Bréfritari: Bjarni Brynjólfsson
Viðtakandi: Jón Borgfirðings Jónsson
Dagsetning: A-1855-02-14
Skrifað á: Kjaransstöðum  Borg.

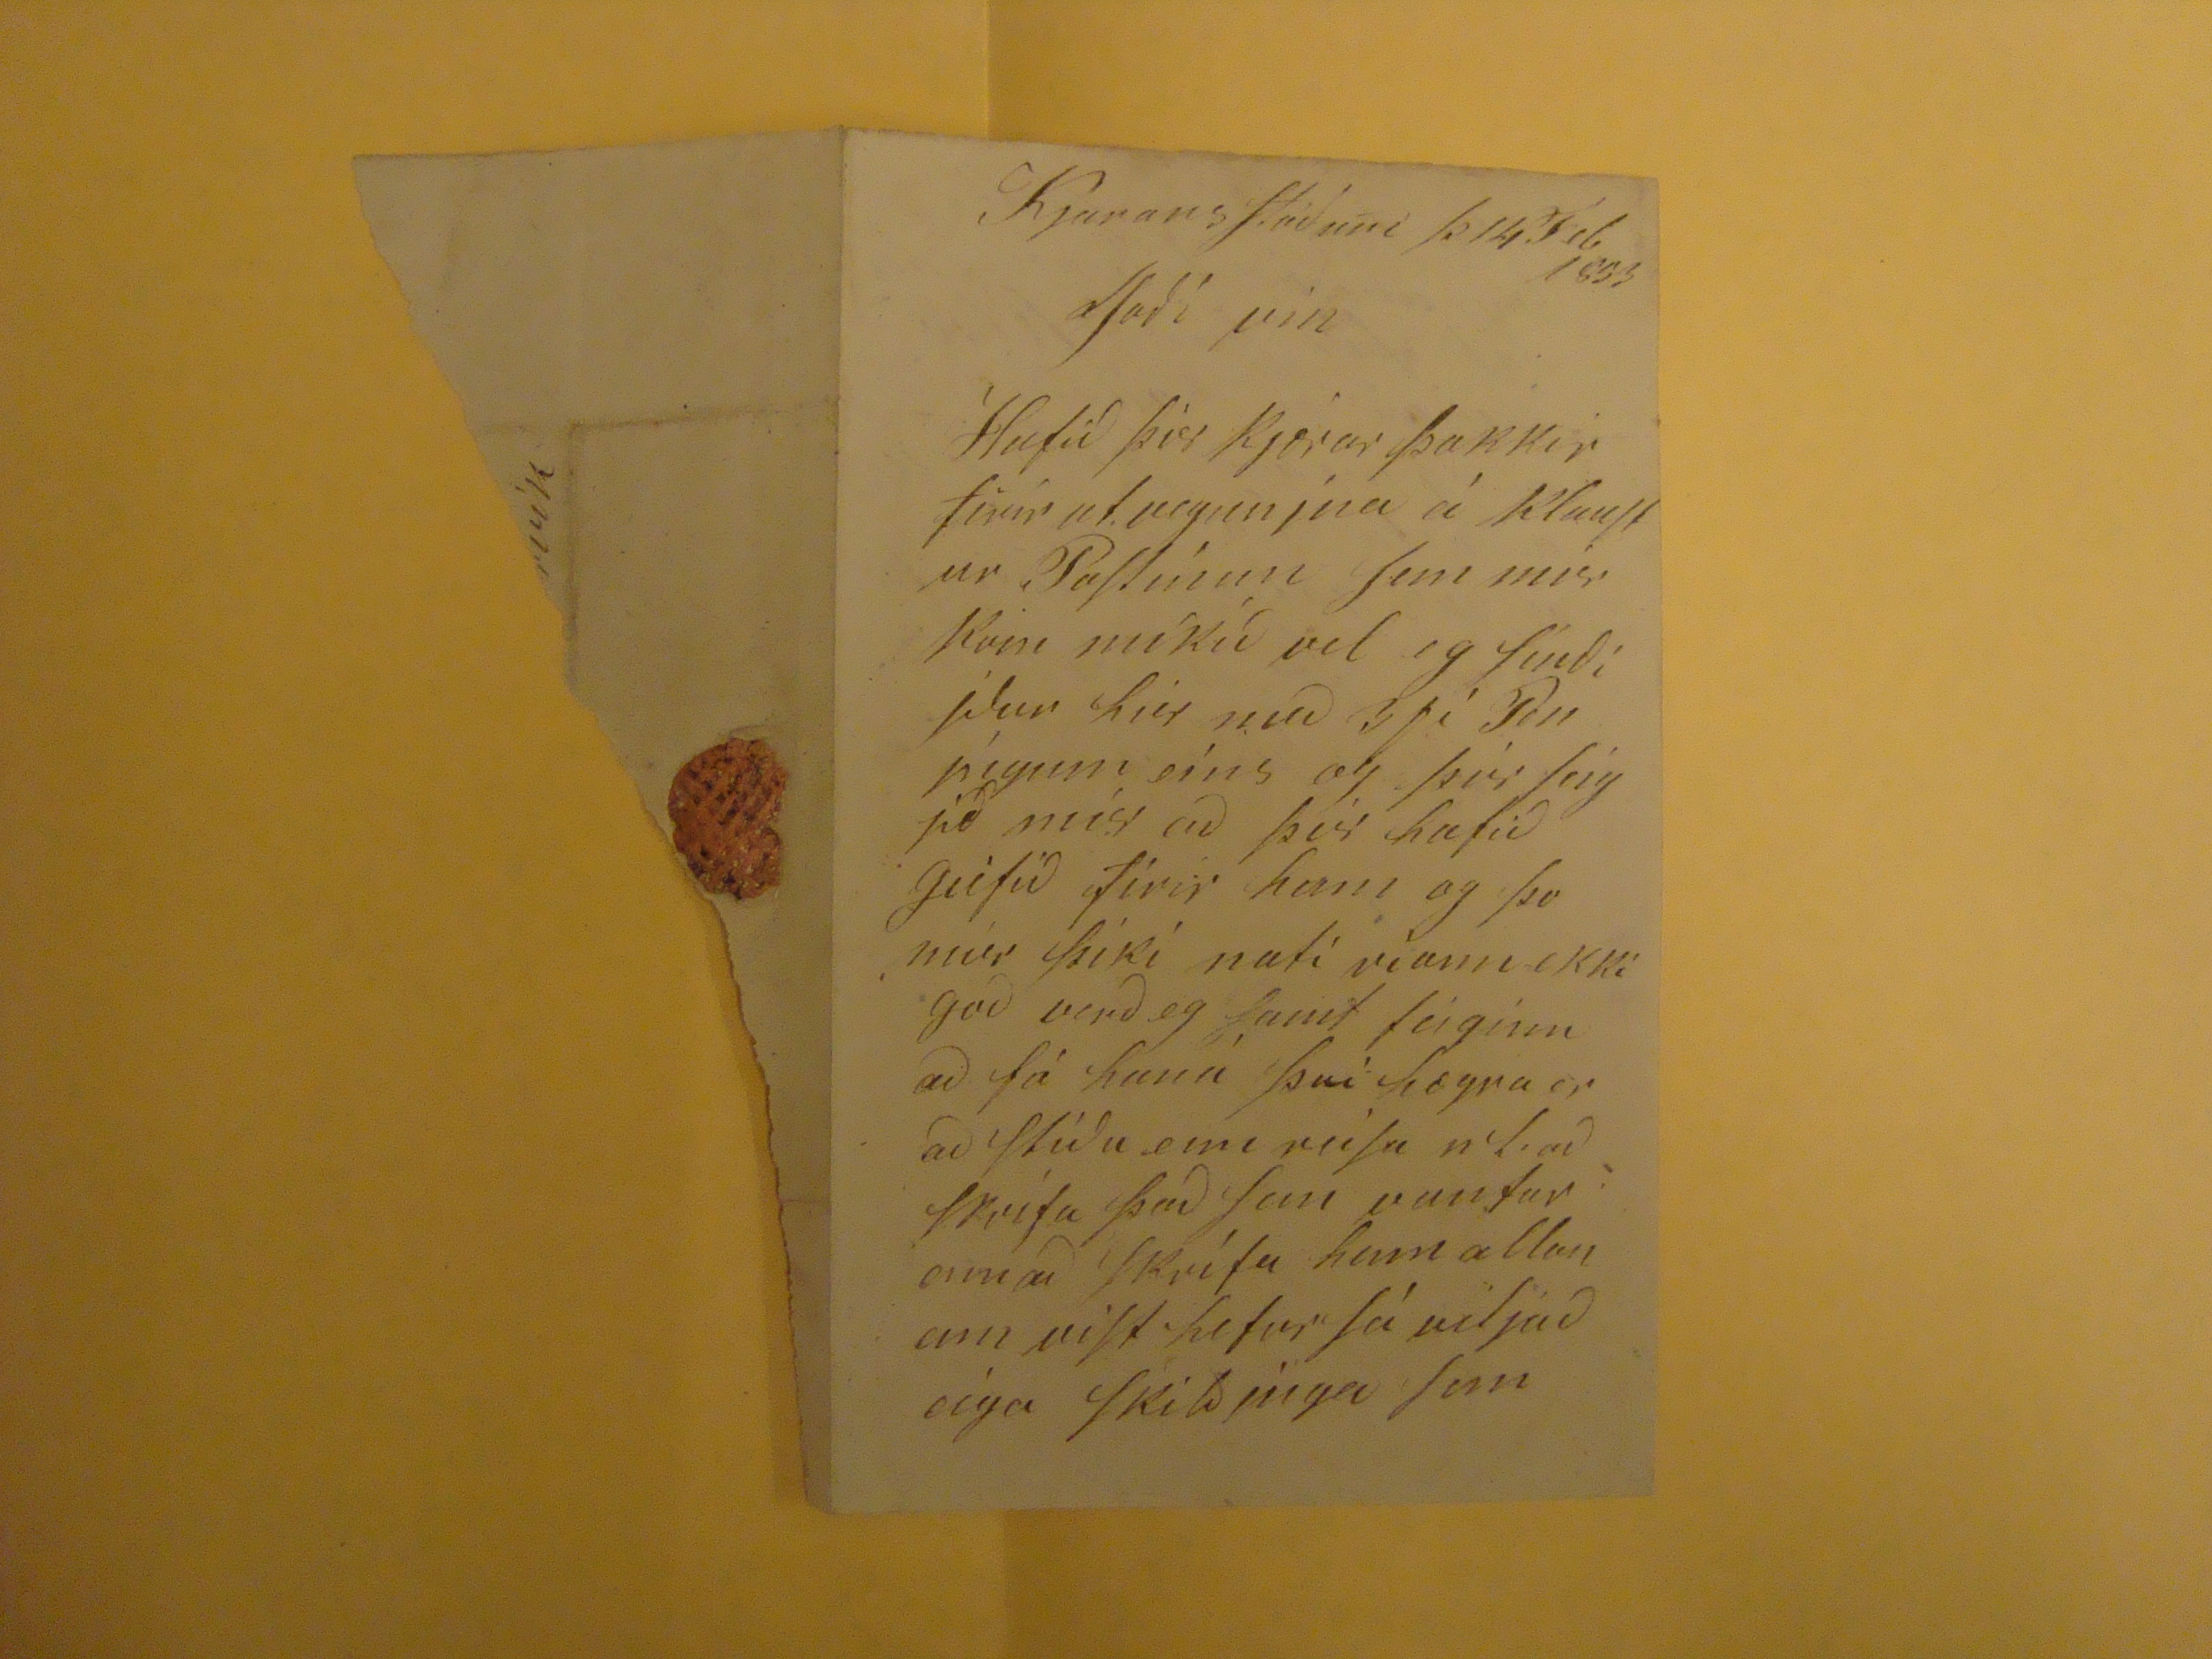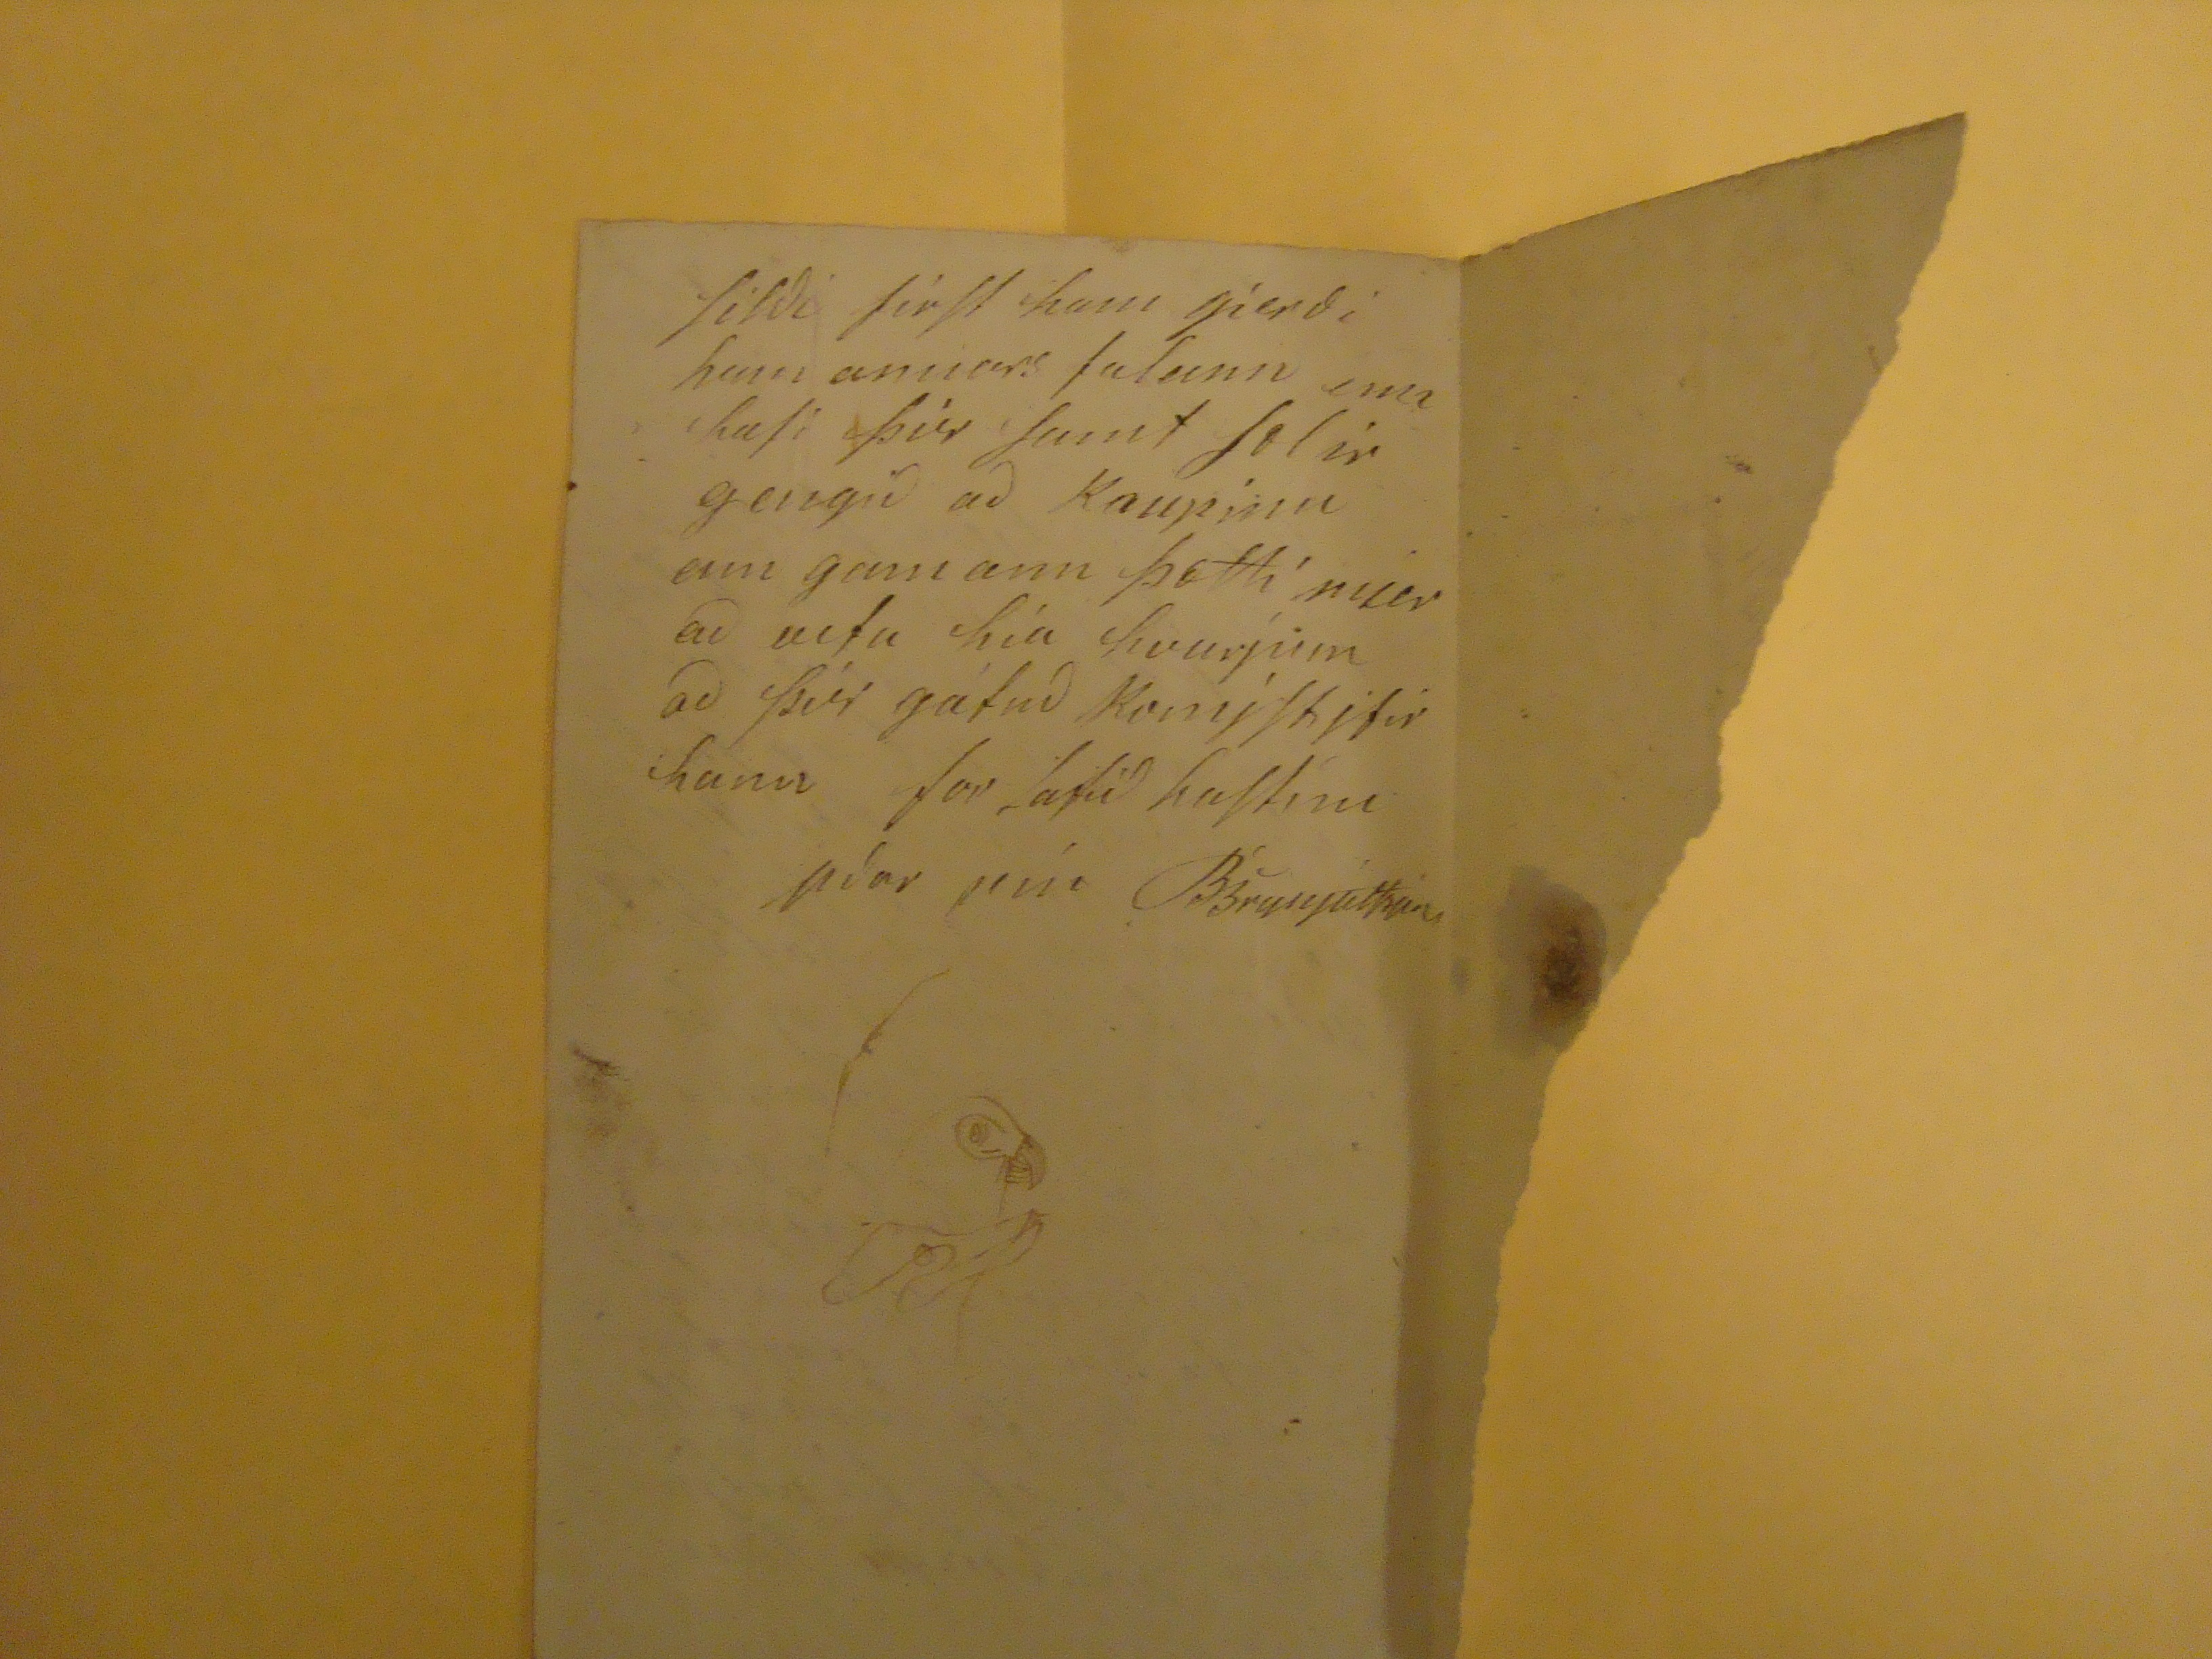

Kjaransstöðum þ 14 Feb 1855
Góði
vin
Hafið þér kjærar þakkir firir utvegunina á Klaustur Passíum sem
mirkrin
míkíð vel eg senði yður hér með 3
fí Peníngum eíns
og þér seígjið mér að þér hafið geifið firir ham og þo mér þiki nati víann ekki goð verð eg samt feiginn að fá hann því hægra er að stíða enn reísa n l. að skrífa það sem vantar i annað skrífa ham allan enn vist hefur sá viljað eiga skilðinga sem
silði first ham gierði ham annars falann enn hafi þér samt solir gengið að Kaupinu enn gamann þætti mér að veta hía hvurjum að þér gátuð Komjstjfir hann for latið hastim
yðar vin BBryjólfsson